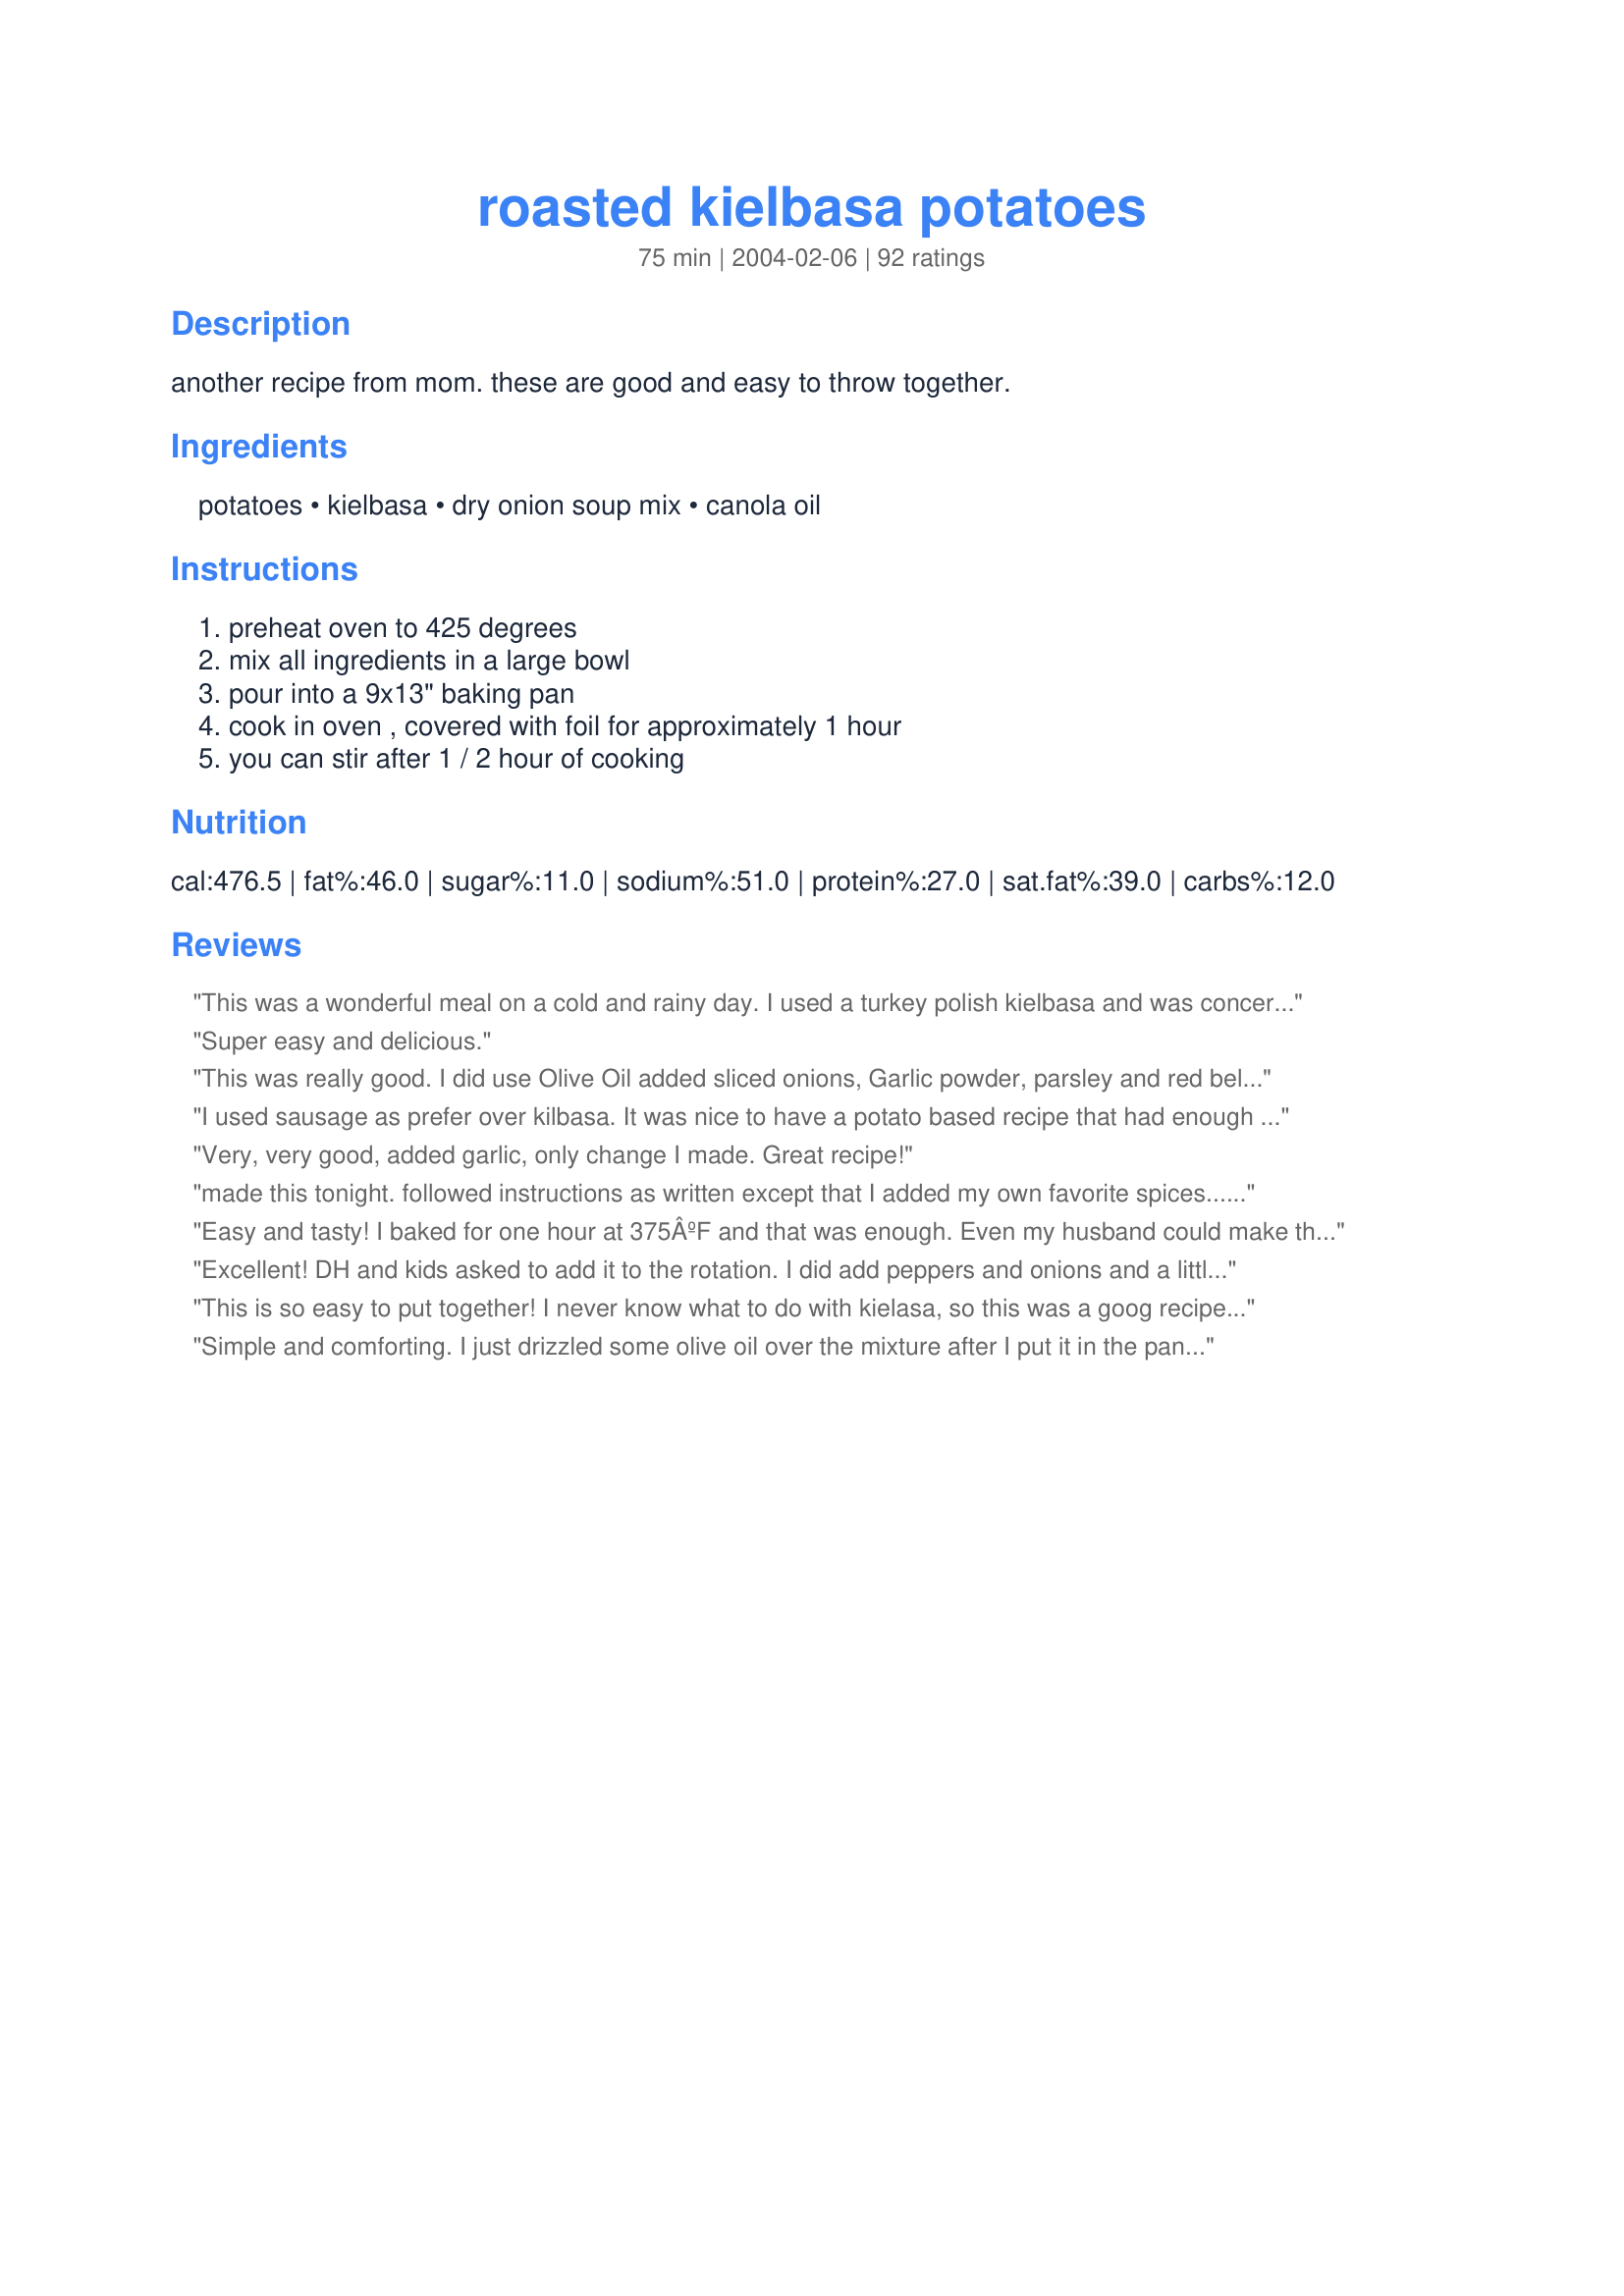
roasted kielbasa potatoes
Preparation time: 75 minutes

another recipe from mom. these are good and easy to throw together.

Ingredients:
potatoes, kielbasa, dry onion soup mix, canola oil

Steps:
preheat oven to 425 degrees, mix all ingredients in a large bowl, pour into a 9x13" baking pan, cook in oven , covered with foil for approximately 1 hour, you can stir after 1 / 2 hour of cooking

Reviews:
This was a wonderful meal on a cold and rainy day. I used a turkey polish kielbasa and was concerned it might be a little dry since there isn't mush fat in the kielbasa. I used half the oil and it was just enough. We had seconds and there's still enough for lunch tomorrow. I served it with corn muffins and a salad.
Thank you,Petunia. This will be made again in this house!
Super easy and delicious.
This was really good. I did use Olive Oil added sliced onions, Garlic powder, parsley and red bell pepper. We loved it.
I used sausage as prefer over kilbasa. It was nice to have a potato based recipe that had enough flavor that I did not have to smother in ketchup
Very, very good, added garlic, only change I made. Great recipe!
made this tonight. followed instructions as written except that I added my own favorite spices...garlic powder, black pepper, Cajun seasoning....and didn't use the onion soup, feeling that it would be too salty for us. Used just a dab of olive oil, Lined the casserole dish with foil for easy cleanup. It was simply fantastic. For years I've been making this on the stove, but I now will use this recipe instead. Excellent!!!
Easy and tasty! I baked for one hour at 375ÂºF and that was enough. Even my husband could make this! :) Next time I will add onion & garlic and maybe some steamed carrots. Thanks for sharing!
Excellent! DH and kids asked to add it to the rotation. I did add peppers and onions and a little seasoned salt and only tossed with olive oil.
This is so easy to put together! I never know what to do with kielasa, so this was a goog recipe for me. This is a good dish to make if you are in a rush, the meat and potatoes are all in one. I made this with Beer Bread #7440, a salad, and steamed vegetables. I was able to come home to a nice meal for the family after church without a lot of fuss. Thanks for posting this, I will make it again.
Simple and comforting. I just drizzled some olive oil over the mixture after I put it in the pan (used way less that way!), baked covered for 30 minutes, and then uncovered for 15. I will definitely add carrots next time; the recipe could use a little sweet to contrast with the salty onion flavor. I will make this again!
Pretty good quick meal. The onion soup mix was a little too salty with the kielbasa, but the potatoes had great flavor (maybe I will just roast the potatoes that way). 

I also reduced the oil and used turkey kielbasa, served with green beans. Thanks for something quick, easy and something a little different.
Wow, i was very surprised about how good this turned out! I tried it because I wanted to cook my Keilbasa differently, and this was easy. Thank you so much for posting this recipe, such a quick and easy recipe that packs a punch!
Excellent!! Also added red peppers and onions. Was perfectly saucy enough. Will definitely make again
Boy it just doesn't get any easier than this! My family loved this dish, so much so that I made it twice in one week and that never happens. Used Recipe #186221 and baked uncovered on a half sheet pan (just noticed the recipe called for covering the dish!). The first time, I used lower fat kielbasa, and being lower fat, it got a little crunchy after an hour. The second time I used a nice sausage, but also higher fat, so I drained off the excess fat before serving. Depending on the sausage used, you could reduce the oil accordingly. With the time bake function on my stove, this made a great meal for a busy night. Thanks for sharing the recipe!
A time saver delicious recipe! I was searching for some way to use my turkey kielbasa and this dish hit the spot. I know it's not cool to change recipes before trying them as is, but the only changes I made were to add mushrooms, chopped green bell pepper and some onion slices to avoid making veggies on the side haha! This dish was maybe a tad bit salty from the onion soup mix, but it was so worth it. Thank you so much for a tummy pleasing meal!
This was so delicious and easy, I didn't want to cook since I worked a long day so I looked for something simple my son would enjoy. We had all these ingridents on hand; just added a little garlic powder and Johnny's to the batch before baking. I did have to increase the cook time. Served with some Pillsbury Cinnamon Rolls and a hard boiled egg. Definetly on hand for late night dinners from now on.
This was a super simple recipe! I thought I had all the ingredients on hand, but ended up substituting Knorr Leek Soup Mix for the onion and olive oil for the canola. It turned out good. I think, though, the next time I make this I will add a chopped onion to the mixture for a little more flavor. Thanks Petunia.
i just made this today and i thought it was great. i used unsalted butter instead fo oi, and i added a sliced onion and half of a sliced green pepper. i think next time i'll add more potatoes, i used red potatoes and they were on the small side. thanks for such an easy dish. i had everything chopped and put together by the time the oven was preheated.
UPDATE i have made this a few more times, and made a couple of changes to make it a bit healthier. first i use the light kielbasa, and instead of oil or butter i use 1/3 cup of water. i actually like it better this way. it is a lot less greasy. btw left overs are great with eggs in a breakfast casserole with a little cheese on top!
Yummy! *Serious* comfort food. I also added 1/2 of an onion. The left-overs the next morning were *fabulous* with eggs-over-easy. Thanks so much.
Great place to start! As usual, I tweaked as needed and it came out great. Less soup mix is the first thing I did. Add onion, celery, mushrooms and a few other spices and its wonderful!
Made this tonight for dinner. Delicious! Very easy and economical to make. I added chopped onions and a few carrots and it was a hit with the family. Will definitely make this again. Thank you for submitting such a great recipe.
This was delicious and definitely a keeper to be made over and over. I also used turkey kielbasa to cut down on the fat.
So easy and so much easier and cleaner to make than traditional method on top the stove! Thanks Petunia!! I did not have dry onion soup mix so only used chopped onions (red) and salt and lots of freshly ground pepper. Used olive oil instead of canola as that is what I had on hand. I think would be good with a variety of seasonings and oils - anything you like would go. Kept stove top clean and kitchen relatively cool on this hot summer day!
10 STARS, A great, fast weeknight dinner to make....we really enjoyed it....
This was very easy to make and was a big hit at my house.
I also reduced the amount of oil and added shredded cheese on top.Will make again!! I also thought that you could change this up alot, i may try it mexican style with taco meat and salsa (add no oil). I think you could play around alot and find many different ways to make this. Thank You
Boy was this good! I took other reviewers hints and added a cut up onion and carrots. Also reduced the oil. It was still a little oily for us so I'll reduce it even more next time (and there will be a next time). Thank you very much for this tasty dish!!
This was very good! I did add some onions that were thickly sliced. I think the next time I make it, I will uncover for the last 10-15 minutes, just to crisp it up just a little, other than that we enjoyed it. Thank you!
also felt it was easy and very good..added some garlic and thick onions as some suggested..also left it on covered for last 20-25 mins..Thanks
Big *hugs* to your mom, Petunia! This is my kind of dish for busy weeknight dinners. Few ingredients, one pot, inexpensive, and just a throw in the oven entree. I took a few tips from previous reviewers and cut the oil in half, added green peppers, garlic and a splash of apple cider vinegar. Rather than cover them in a 9x13 pan, I spread it out on a cookie sheet, uncovered, and roasted it all for 45 minutes with a flip 1/2 way thru. The crunchy lil' bits were perfect with the creamy insides of the crusty potatoes and turkey kielbasa. Thanks so much! MERP'd for All New Zaar Tag.
I added 1/2 sliced green bell pepper, 1 Tbsp minced garlic and 1 chopped meium onion; and WOW~ my husband didn't leave a trace of it for leftovers!
This was super easy to throw together and quite tasty. I wouldn't say it was an amazing dish but you can't really go wrong with meat and potatoes. I added an onion and some garlic and sprinkled some cheddar cheese on at the last minute. Will probably make again just based on the simplicity of it.
We enjoyed this quick and easy recipe. I added onion and garlic and reduced the oil in half. After eating it we think this would be good with eggs and plan on trying that next time..
It is a keeper and a recipe that goes in the "I like trying new recipes but I'm ready for a dinner I KNOW will be GOOD" file!!!! 
It's so simple that it ruins the chase of preperation,measuring,timing and hoping it'll turn out okay. As my outspoken hubby would say "That was pretty good". Holy cow, he can talk?
This was a good weeknight quicky dinner. After only half an hour my potatoes were done (maybe I cut them smaller) so I turned on the broiler for a couple of minutes and it was great. My oldest son called it "hobo food" but he ate it! I'll be making this again.
Really good! The potatoes were a bit mushy for my tastes, but other than that they were great. Only change was to add 2 cloves of crushed garlic. Next time I will add some fresh onion, and bell peppers. Thanks for sharing such an easy recipe!
Very good! Only problem I had was that it stuck to my pyrex. I did remove the foil for the last 10 min. Will add some garlic cloves next time to roast along with it. Thanks for posting!
yum!
Very good, very easy and very quickly devoured...lol. My family loved this simple yet satisfying. I will make this over and over again. Thank you ........ Stephanie
Great meal! I just used olive oil. No salt or pepper or soup mix either. I diced the potatoes, added thinly sliced carrots, a red and green bell pepper and some mushrooms along with turkey Kielbasa. It was so yummy! Roasting bought out the sweet flavor of the kielbasa.
I just want to thank you for posting such a great "comfort food" recipe.My SO and I enjoyed it very much.It was a little dry but that was my fault,I forgot to cover it with foil.Since it was just us two,I cut the recipe in half,and it worked just great.This will be made again.
I made exactly as written. Good comfort food!
This is a KEEPER for sure! Thanks so much! I used turkey kielbasa and it turned out great.
This was absolutely YUMMY! I have a confession, however, I never follow recipes strictly... so what I did was substituted a 1/2 cup of beer instead of the canola oil. I did not have onion soup so used butter milk dressing mix. Then I also added a little thyme and oregano.
Wowed my husband and kids so I'd say it was a success. ;O)
HomemadeFinancialFreedom.com
This was superb! Very simple yet it had great flavor. I will make this again for sure. Thanks!
What great flavor! Thank you for sharing this recipe it is a 'keeper'!
This recipe is so easy and BURSTING with flavor. I add in diced green chile because my New Mexican tasted buds demanded it, but other than that followed recipe exactly. Have made it several times and always turns out delicious. Thanks!!!
Wow, easy is right! I just used some cajun seasoning and pepper instead of the onion soup mix. Very nice change of pace from the mac and cheese we usually make with kielbasa! Thanks for the great idea!
Loved this! After reading all the reviews, I added chopped onion, sliced carrots, a dash of garlic salt and a little less oil. I cooked it as directed, but then uncovered it for an additional 10 - 15 min. (stirring a couple of times to brown it up a little. It was delicious and tasted even better the next day. Thanks Petunia, for a good old-fashioned left-over dish!
This was good, but not exceptional. I used Hillshire Farm Beef Kielbasa and found that the oil was not necessary at all. There was far too much grease in the bottom of the pan after roasting. I also didn't think that the onion soup mix did a lot for the blend. The kielbasa had a lot of flavor on its own, and I used baby Yukon Gold potatoes that roast wonderfully, too. Overall, the recipe wasn't bad, but I will omit the oil and soup mix next time. Tossing the kielbasa and potatoes together should be sufficient for us.
We enjoyed this simple and quick dinner. I did use water instead of oil and was glad I did, it turned out great. I fried mine all in a big skillet instead of roasting it, so I'm sure it turned out quite different, but we really enjoyed the dry onion packet as the seasoning. I also chopped up half a fresh onion and added it to the mix, as well as some red pepper flakes for some heat. Tasty and Easy!
We say "YES"! 
I added a few carrots and a small onion. I also cut the oil to half and it was plenty. 
Thank you Petunia!
This was a great way to prepare kielbasa instead of my usually way of frying up with pierogies. I didn't have onion soup mix so used some cajun dry seasoning mix instead. Gave it some heat but was still great and super easy.
Excellent! The recipe was reduced to serve the 2 of us using red skinned potatoes and a spicy chicken sausage with some green bell pepper added in. The onion seasoning was Recipe #89857. I used olive oil instead of canola and would probably suggest reducing it to 1 tablespoon next time around.
Ever since I found this recipe I've been dying to fix it. I finally couldn't stand it any longer and despite the 100 degree weather outside, I fixed it for dinner. It was so worth heating up the house for! So good! My only changes were some fresh ground pepper and a small onion cut in wedges. The only thing I'll do differently next time (and there WILL be a next time, very soon!) is to add a bit less oil. Thank you so much for the wonderful dinner!
This was quick, easy and tasty. I took the foil off the last 20 minutes to crisp up the potatoes. Served with a green veg.
Thanks!
Very good and easy recipe! Used red potatoes and smoked kielbasa. Mys boys ate it all up!
DH actually applauded when he had his first bite. I almost feel guilty that it was so easy! I only used three peeled medium potatoes and 1lb of kielbasa and that was plenty. I cooked for 45 minutes and was worried that I burnt the sausage but DH said it gave just the right amount of crispiness. This recipe is going in the monthly rotation.
Quick to make, easy on hand items, delish!
This was delicious, and I wish I could give it an extra star for how easy it was to throw together! I had already planned to make this and realized I did not have any dry onion soup mix, but I did have dry Savory Herb with Garlic soup mix, and it worked just fine. Delicious! Thank you so much for posting, I will make this again!
My husband loved this recipe. It's so easy! I've already shared it with many people and they've all gave it 5 stars.
YUM! This was great. I used Turkey sausage and also left the foil off for the last 10 minutes to have a crisper finish to the potatoes. Very good and will make again! Thanks Petunia!
Wow! This is tasty. As usual I make it exactly by the recipe the first time, and this time I am so glad I did. It was perfect. If you had mushy potatoes it might be the kind of potatoes you used. I used russets and they were perfect.
Great recipe! Super easy and tasty!! I too used Turkey Kielbasa...I used big red potatoes as well...uncovered the last 20 minutes and it was perfect! Thanks so much for the recipe!
This is really an easy and tasty dish. I used turkey smoked sausage, just 3T of oil and 1.5 fresh jalapenos, diced. I, too, added onions and carrots. YUM! Thanks, Pet.
Nice flavor and easy to prepare. I didn't have any canola oil, so I substituted EVOO. My potatoes were done after about 50 minutes. This is a good recipe to have on hand for busy weeknight.
Hey, this was surprisingly good and gets extra points for being so easy. I reduced the amount of oil and used turkey kielbasa to lower the fat content. I was at a loss about how to serve this, but my kids had the idea of sprinkling it with grated cheese, which was a nice addition. Thanks, Petunia!
Very good meat and potato dish. Added some onions. Made for I Recommend tag.
Wow! This was delicious! I like it when I stumble upon a good recipe idea I never thought of. I did add 1/2 green pepper, chopped and 2 minced garlic cloves. I had found another great recipe for coleslaw, #294620 and decided to add this to the menu along with a side of broccoli. Man, did they ever compliment one another in grand style...invited my friend over for dinner and he loved it! Thank you for sharing.
My mom used to make this for us when we were growing up and I'd completely forgotten about it until I was reading today's reviews. It's an excellent, inexpensive, filling, and very tasty family supper type dish. My mom also added a handful of diced green pepper to hers. Thanks so much for posting this for us to share! I'll be taking a culinary trip down memory lane this weekend, thanks to you!
This was reallllly good! I did make a few additions after reading other reviews. I didn't have the onion soup mix. ( forgot to add to grocery list ) I used 2 tbs evoo, 1 onion, cut into chunks, 3 cloves garlic, minced, 1/2 red bell pepper, and parsley. This was not only VERRY VERRY GOOD, but so easy to put together. DH really enjoyed this. I made cooked cabbage for the side, and for dessert, "Granny's Banana Cream Pie". DH's favorite foods all in one night. Thank you Petunia, for the over the top recipe....carmen
I love kielbasa and am always looking for new recipes that contain it. Was excited to find this and can tell you that my 16 year old daughter and I LOVED this recipe. My daughter went back for thirds!&lt;br/&gt;I used red potatoes and they cooked up perfect. Added one diced sweet onion and one diced green bell pepper. I just drizzled mixture w/olive oil and tossed until it was wet but did not use as much as recipe called for. I cooked for 45 min @ 425 covered and 15 min @ 425 uncovered and had no problem w/potatoes being mushy or overcooked. Liption onion soup mix gave it great flavor and I didn&#039;t have to use any other seasoning. So simple to prepare.&lt;br/&gt;This recipe is a keeper and will be added to my monthly rotation. Thanks!
Made this last night. I added 1 fresh green pepper and 1 onion. I thought the dish was good. I didn't have to offer the hubby seconds, he took them on his own, which is a good sign. Thanks!
This simple, quick recipe exceeds expectations. I took a hint from the previous reviewer and added a sliced green pepper, half a sliced onion and 3 crushed garlic cloves. I drizzled some olive oil in the pan and then over the ingredients before baking. It took 5 minutes to prepare and was fantastic. I will be making this often.
Nice & simple, but everyone loved it. I reduced the oil to 1/8 cup and added onion & baby carrots cut up in bite size chunks. I baked it for 40 minutes covered, took it out stirred it and put it back in for 20 minutes without foil.
Awesome! I thought oh it will taste ok, we were wrong we craved every next bite! I did add carrots to the mix. Loved it will make it ALOT! THANK YOU!!!
This was so easy and quick to put together, and the taste was just amazing! I loved that I didn't even have to peel the potatoes. The only reason I'm holding back the 5th star is because 1/4 c. was WAY too much oil for us. When I took this out of the oven it was literally swimming in oil. Next time I will cut the oil way back.
This dish was quick and easy to make. I used Yukon Gold potatoes and turkey kielbasa and uncovered the pan half way through. This would be great with a side of cabbage or sauerkraut.
Because of modifications to the recipe, I'll post comments but no stars. My husband HATES onions, I love them; so, I made the kielbasa in a skillet separately and just tossed the potatoes in the oven with the soup mix and oil. I added a hefty spoonful of minced garlic, tossed it around and baked it uncovered till done, maybe 45 minutes. Meanwhile I just cut up the kielbasa and saute'd it alone.

The potatoes were pretty decent, but not outstanding. There was a little too much oil. Kielbasa and potatoes always pair well together.

I may make this again, but frankly I doubt it-it was too onion-y for my husband, and I didn't like it well enough to make it just for myself. I think next time I'll toss together the potatoes & kielbasa & half the oil, and season using spices my family loves. But, there probably will be a next time. Thanks for a good idea!
We loved this casserole, the second time I made it I omitted the oil and added a zucchini, it was great!
Great, easy and tasty dish. I'm giving four stars because the oil was so heavy. I think I'll cut in half next time and I think, too, I'll go for turkey kielbasa. Great combo though, added 1/4 onion and four chopped garlic cloves. Thanks for posting!!
Excellent!

Added a about 8 carrots to it that had been peeled and cut into chunks.

My wife and I fight over who gets to take the leftovers for work the next day.
Delicious! I added some carrots and mushrooms to make a complete meal. :)
I have been making this on top of the stove for years. It is so much better roasted in the oven!! I did not have onion soup mix so I used some fresh herbs from my garden, some garlic and some chopped onion and garlic, s and p and assorted seasonings from my cupboard. I also did not use canola oil. I used a cast iron skillet for the baking dish. Heated it up in the oven with nothing in it for 10 minutes, pulled it out and just coated it with olive oil and cooking spray very lightly. I poured a scant 1/4 cup of beef stock in the skillet, threw everything else in it, and covered it tightly with foil for 45 minutes and then uncovered it for about 15 minutes until the potatoes looked a little browned. My husband and son devoured the whole skillet. I only got a little! That never happened with my old recipe.
I loved it! I changed a few things to accommodate the sodium level and personal taste. Instead of the onion soup mix (my hubby hates onions), I used a garlic & herb mix for roasted potatoes. I used olive oil and used less. I added about 1/4 cup cider vinegar for some "tang." I also added Brussels Sprouts and baby carrots for extra veggies! The potatoes didn't cook thoroughly and needed to have them covered longer. All the same...Yum!! Thanks for the posting, Petunia! I will definitely make this again!
I was looking for something to make with smoked sausage, and I came upon this recipe. It looked like it would be good. I used peeled potatoes, chopped onion, carrots, and smoked sausage. I did not have dry onion soup mix, but as I was looking through my pantry I came across a garlic/herb soup mix, I decided to use that. I added everything together in 9x13 pan. I also added 1TBSP of caraway seeds. This was wonderful, my husband really liked it. He is not keen on leftovers even took what was left to work for lunch the next day. Really easy flavorful an great recipe. I will definately keep this one handy!! Thanks a bunch.
Petunia thanks so much for this very tasty dish. My girls and I all went back for seconds on this one. I followed original recipe with the exception I had to add some garlic to the mix and I reduced the amount of oil by about half. The next time I make it I am going to experiment a bit with a green pepper and some chopped onions added to the mix. This one is definately a keeper.
This was delicous! I too used less oil added 1 sliced onion, some garlic powder and some tobasco. Thanks for a great recipe!
This was great!! I added some salt and pepper, halved mushrooms, carrots and onions. 10 minutes before it was done I added some cheddar cheese to melt on top. We LOVED it. 
Although next time I think I will use one or two less potatoes and more of the veggies. We thought there were too many. Thanks for a keeper!!!! YUM!
This was easy and very good. I used turkey kielbasa and reduced the amount of oil. I also used 4 potatoes and added a large onion that I cut into chunks. After dinner we were scooping the leftover pieces of onion out of the pan and eating them - they were too good too waste.
Loved it! This was 2 of my favorite things in a meal...quick and tasty! My husband loved it too! We will make this many times in the future I am sure! Thanks!
This is an easy and pretty tasty one dish meal. I made exactly as written and we enjoyed the simple, hearty flavors. Next time I think I will reduce the oil a bit and add some onions and garlic as other reviewers did.
I made a substitution... sweet italian sausage instead of keilbasa, and I cut up an onion and put that in too. I bet mushrooms would be amazing! My whole family LOVED this. I will be making it again soon.
